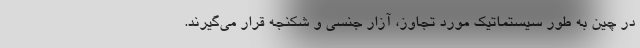
در چین به طور سیستماتیک مورد تجاوز، آزار جنسی و شکنجه قرار می‌گیرند.